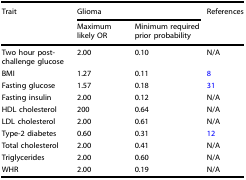
| <ROWSPAN=2> Trait | <COLSPAN=2> Glioma | <ROWSPAN=2> References |
 | Maximum likely OR | Minimum required prior probability |
 | --- | --- | --- | --- |
 | Two hour post-challenge glucose | 2.00 | 0.10 | N/A |
 | BMI | 1.27 | 0.11 | 8 |
 | Fasting glucose | 1.57 | 0.18 | 31 |
 | Fasting insulin | 2.00 | 0.12 | N/A |
 | HDL cholesterol | 200 | 0.64 | N/A |
 | LDL cholesterol | 2.00 | 0.61 | N/A |
 | Type-2 diabetes | 0.60 | 0.31 | 12 |
 | Total cholesterol | 2.00 | 0.41 | N/A |
 | Triglycerides | 2.00 | 0.60 | N/A |
 | WHR | 2.00 | 0.19 | N/A |